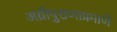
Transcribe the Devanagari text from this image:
अग्रीपुराणाप्रमाणे